Annual vaccination report of Bihar and Orissa - 1911-1928
Year: 1911
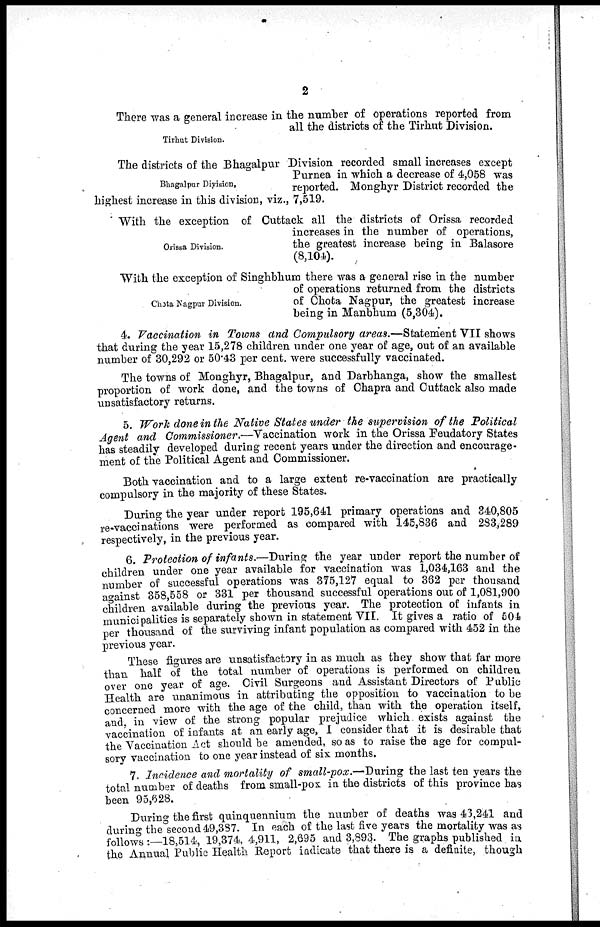
2
Tirhut Division.
There was a general increase in the number of operations reported from
all the districts of the Tirhut Division.
Bhagalpur Division,
The districts of the Bhagalpur Division recorded small increases except
Purnea in which a decrease of 4,058 was
reported. Monghyr District recorded the
highest increase in this division, viz., 7,519.
Orissa Division.
With the exception of Cuttack all the districts of Orissa recorded
increases in the number of operations,
the greatest increase being in Balasore
(8,104).
Chota Nagpur Division.
With the exception of Singhbhum there was a general rise in the number
of operations returned from the districts
of Chota Nagpur, the greatest increase
being in Manbhum (5,304).
4. Vaccination in Towns and Compulsory areas.—Statement VII shows
that during the year 15,278 children under one year of age, out of an available
number of 30,292 or 50.43 per cent. were successfully vaccinated.
The towns of Monghyr, Bhagalpur, and Darbhanga, show the smallest
proportion of work done, and the towns of Chapra and Cuttack also made
unsatisfactory returns.
5. Work done in the Native States under the supervision of the Political
Agent and Commissioner.—Vaccination work in the Orissa Feudatory States
has steadily developed during recent years under the direction and encourage-
ment of the Political Agent and Commissioner.
Both vaccination and to a large extent re-vaccination are practically
compulsory in the majority of these States.
During the year under report 195,641 primary operations and 340,805
re-vaccinations were performed as compared with 145,836 and 283,289
respectively, in the previous year.
6. Protection of infants.—During the year under report the number of
children under one year available for vaccination was 1,034,163 and the
number of successful operations was 375,127 equal to 362 per thousand
against 358,558 or 331 per thousand successful operations out of 1,081,900
children available during the previous year. The protection of infants in
municipalities is separately shown in statement VII. It gives a ratio of 504
per thousand of the surviving infant population as compared with 452 in the
previous year.
These figures are unsatisfactory in as much as they show that far more
than half of the total number of operations is performed on children
over one year of age. Civil Surgeons and Assistant Directors of Public
Health are unanimous in attributing the opposition to vaccination to be
concerned more with the age of the child, than with the operation itself,
and, in view of the strong popular prejudice which. exists against the
vaccination of infants at an early age, I consider that it is desirable that
the Vaccination Act should be amended, so as to raise the age for compul-
sory vaccination to one year instead of six months.
7. Incidence and mortality of small-pox.—During the last ten years the
total number of deaths from small-pox in the districts of this province has
been 95,628.
During the first quinquennium the number of deaths was 43,241 and
during the second 49,387. In each of the last five years the mortality was as
follows :—18,514, 19,374, 4,911, 2,695 and 3,893. The graphs published in
the Annual Public Health Report indicate that there is a definite, though